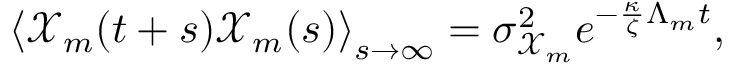
\left< \mathcal { X } _ { m } ( t + s ) \mathcal { X } _ { m } ( s ) \right> _ { s \to \infty } = \sigma _ { \mathcal { X } _ { m } } ^ { 2 } e ^ { - \frac { \kappa } { \zeta } \Lambda _ { m } t } ,